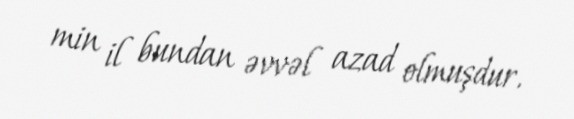
min il bundan əvvəl azad olmuşdur.